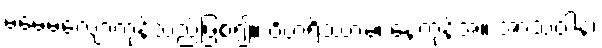
မမေ့မလျော့ကုန်သည်ဖြစ၍။ ဝိဟရိဿာမ၊ နေကုန်အံ့။ အာသဝါနံ၊